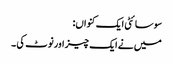
سوسائٹی ایک کنواں:
میں نے ایک چیز اورنوٹ کی ۔